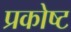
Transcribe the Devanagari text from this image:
प्रकोष्ट